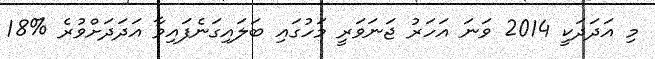
މި އަދަދަކީ 2014 ވަނަ އަހަރު ޖަނަވަރީ މަހުގައި ބަލައިގަނެފައިވާ އަދަދަށްވުރެ %18